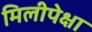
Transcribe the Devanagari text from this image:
मिलीपेक्षा